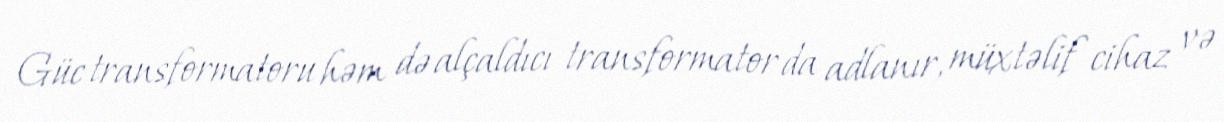
Güc transformatoru həm də alçaldıcı transformator da adlanır, müxtəlif cihaz və